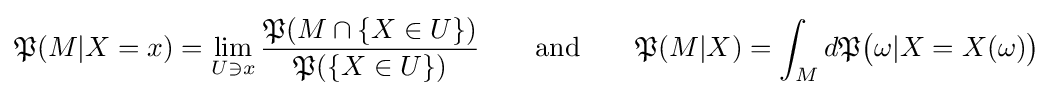
{\mathfrak {P}}(M|X=x)=\lim _{U\ni x}{\frac {{\mathfrak {P}}(M\cap \{X\in U\})}{{\mathfrak {P}}(\{X\in U\})}}\qquad {\textrm {and}}\qquad {\mathfrak {P}}(M|X)=\int _{M}d{\mathfrak {P}}{\big (}\omega |X=X(\omega ){\big )}